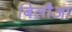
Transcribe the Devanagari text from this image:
बिलौआ